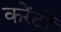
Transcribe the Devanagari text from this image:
करेंटों